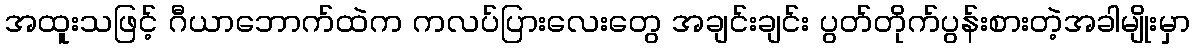
အထူးသဖြင့် ဂီယာဘောက်ထဲက ကလပ်ပြားလေးတွေ အချင်းချင်း ပွတ်တိုက်ပွန်းစားတဲ့အခါမျိုးမှာ